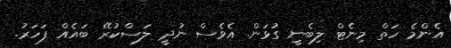
އެންމެ ހަތް މިނެޓް ލިބެނީ ގުޅަން. އެވެސް ނުދީ ލަސްކުރޭ ބައެއް ފަހަރު.